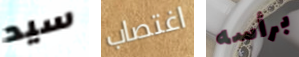
سيد اغتصاب برأسه